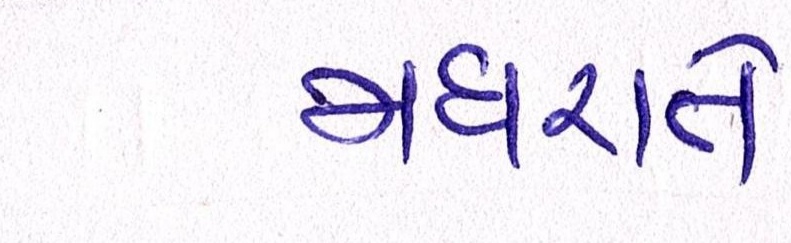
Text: મધરાતે